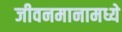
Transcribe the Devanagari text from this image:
जीवनमानामध्ये